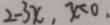
2 - 3 x , x < 0 .